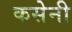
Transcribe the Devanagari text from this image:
कसेनी